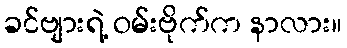
ခင်ဗျားရဲ့ ဝမ်းဗိုက်က နာလား။